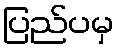
ပြည်ပမှ